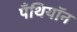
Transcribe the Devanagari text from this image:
पँथियॉन